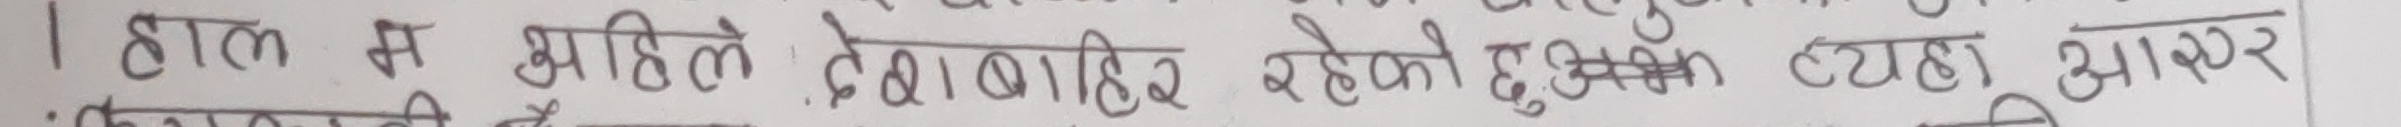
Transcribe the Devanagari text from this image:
हाल म अहिले देशबाहिर रहेको हुँदा त्यहाँ आएर